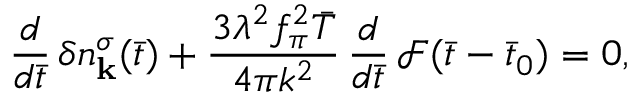
\frac { d } { d \bar { t } } \, \delta n _ { \mathbf { k } } ^ { \sigma } ( \bar { t } ) + \frac { 3 \lambda ^ { 2 } f _ { \pi } ^ { 2 } \bar { T } } { 4 \pi k ^ { 2 } } \, \frac { d } { d \bar { t } } \, \mathcal { F } ( \bar { t } - \bar { t } _ { 0 } ) = 0 ,